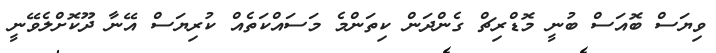
ވިޔަސް ބޮއަސް ބުނީ މޮޑްރިޗް ގެންދަން ކިތަންމެ މަސައްކަތެއް ކުރިޔަސް އޭނާ ދޫކޮށްލެވޭނީ